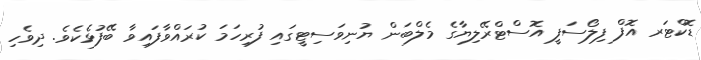
ޑޮކްޓަރ އޮފް ފިލޯސަފީ އޮސްޓްރޭލިޔާގެ މެލްބަން ޔުނިވަސިޓީގައި ފުރިހަމަ ކުރައްވާފައިވާ ބޭފުޅެކެވެ. ދިވެހި